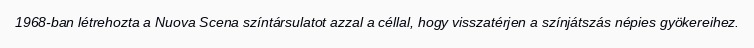
1968-ban létrehozta a Nuova Scena színtársulatot azzal a céllal, hogy visszatérjen a színjátszás népies gyökereihez.